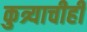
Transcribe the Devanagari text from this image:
कुत्र्याचीही